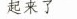
起来了